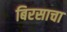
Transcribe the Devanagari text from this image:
बिरसाचा